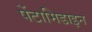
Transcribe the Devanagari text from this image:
पेंटामिडाइन